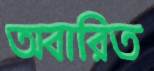
অবারিত